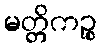
မတ္တိကဉ္စ